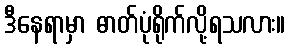
ဒီနေရာမှာ ဓာတ်ပုံရိုက်လို့ရသလား။